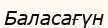
Баласағүн